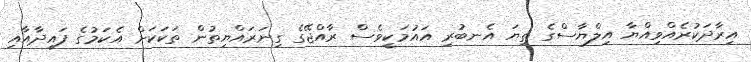
އިރާދަކުރެއްވިއްޔާ އިލްޔާސްގެ ތިޔަ އެނބުރި އައުމަކީވެސް ރާއްޖޭގެ ގިނަރައްޔިތުން ތަކަކަށް އެކަމުގެ ފައިދާއާއި